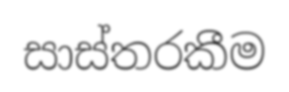
සාස්තරකීම